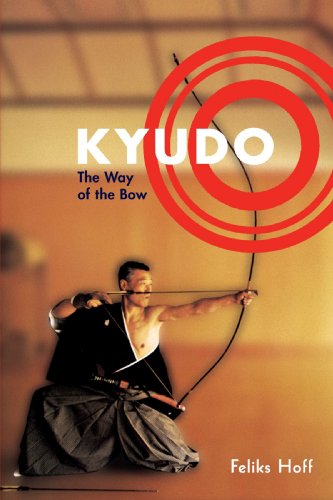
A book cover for Kyudo: The Way of the Bow; Feliks F. Hoff; Sports & Outdoors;